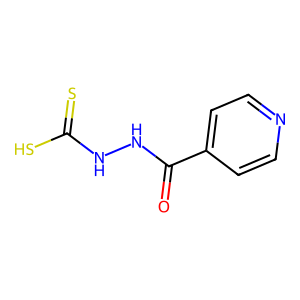
SMILES: O=C(NNC(=S)S)c1ccncc1
Inhibits HIV replication: No